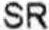
SR